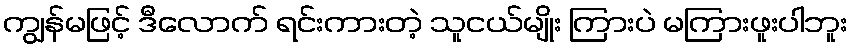
ကျွန်မဖြင့် ဒီလောက် ရင်းကားတဲ့ သူငယ်မျိုး ကြားပဲ မကြားဖူးပါဘူး